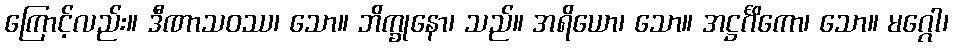
ကြောင့်လည်း။ ဒီဏာသဝဿ၊ သော။ ဘိက္ခုနော၊ သည်။ အရိယော၊ သော။ အဋ္ဌင်္ဂိကော၊ သော။ မဂ္ဂေါ၊